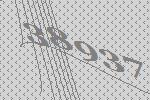
38937